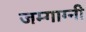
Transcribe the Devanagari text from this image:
जम्गाग्नी